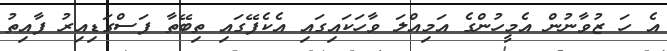
އެ ހަ ޒުވާނުން އެމީހުންގެ އަމިއްލަ ވާހަކައިގައި އެކެފޭގައި ތިބޭތާ ފަސްގަޑިއިރު ފާއިތު